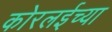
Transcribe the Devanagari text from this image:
कोरलईच्या